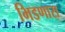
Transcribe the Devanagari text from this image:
भिडणारा